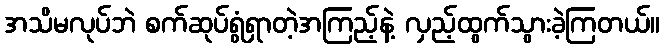
အသိမလုပ်ဘဲ စက်ဆုပ်ရွံရှာတဲ့အကြည့်နဲ့ လှည့်ထွက်သွားခဲ့ကြတယ်။